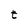
Character: t